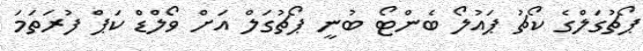
ޕޯޗުގަލްގެ ކޯޗު ޕައުލޯ ބެންޓޯ ބުނީ ޕޯޗުގަލް އަށް ވޯލްޑް ކަޕް ފުރަތަމަ